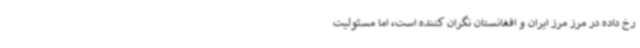
رخ داده در مرز مرز ایران و افغانستان نگران کننده است، اما مسئولیت